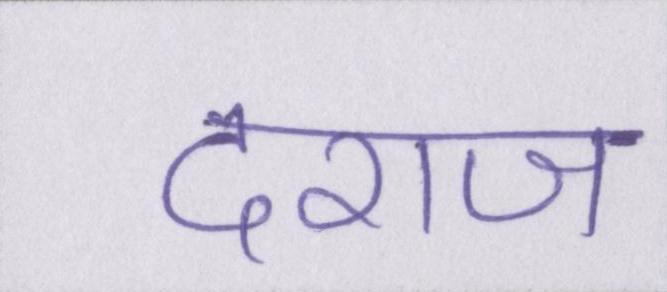
दराज